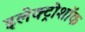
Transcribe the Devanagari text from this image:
इलेक्ट्रोशॉक